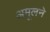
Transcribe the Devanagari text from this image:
अमूलने